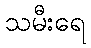
သမီးရေ